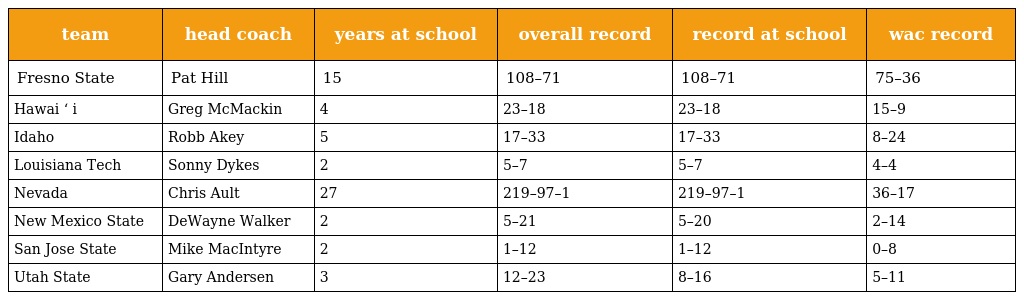
| team | head coach | years at school | overall record | record at school | wac record |
 | --- | --- | --- | --- | --- | --- |
 | Fresno State | Pat Hill | 15 | 108–71 | 108–71 | 75–36 |
 | Hawai ʻ i | Greg McMackin | 4 | 23–18 | 23–18 | 15–9 |
 | Idaho | Robb Akey | 5 | 17–33 | 17–33 | 8–24 |
 | Louisiana Tech | Sonny Dykes | 2 | 5–7 | 5–7 | 4–4 |
 | Nevada | Chris Ault | 27 | 219–97–1 | 219–97–1 | 36–17 |
 | New Mexico State | DeWayne Walker | 2 | 5–21 | 5–20 | 2–14 |
 | San Jose State | Mike MacIntyre | 2 | 1–12 | 1–12 | 0–8 |
 | Utah State | Gary Andersen | 3 | 12–23 | 8–16 | 5–11 |